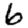
Digit: 6